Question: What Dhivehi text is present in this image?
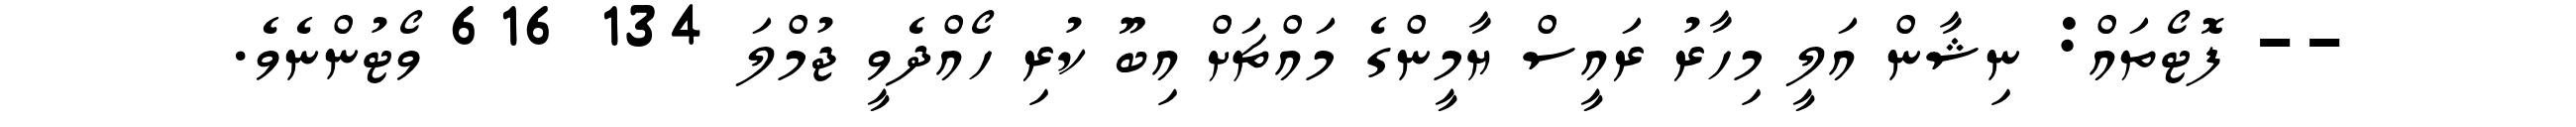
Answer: -- ފޮޓޯތައް: ނިޝާން އަލީ މިހާރު ރައީސް ޔާމީންގެ މައްޗަށް އިބޫ ކުރި ހޯއްދެވީ ޖުމްލަ 134 616 ވޯޓުންނެވެ.